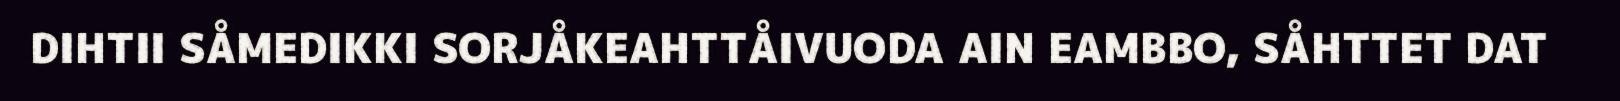
DIHTII SÅMEDIKKI SORJÅKEAHTTÅIVUODA AIN EAMBBO, SÅHTTET DAT